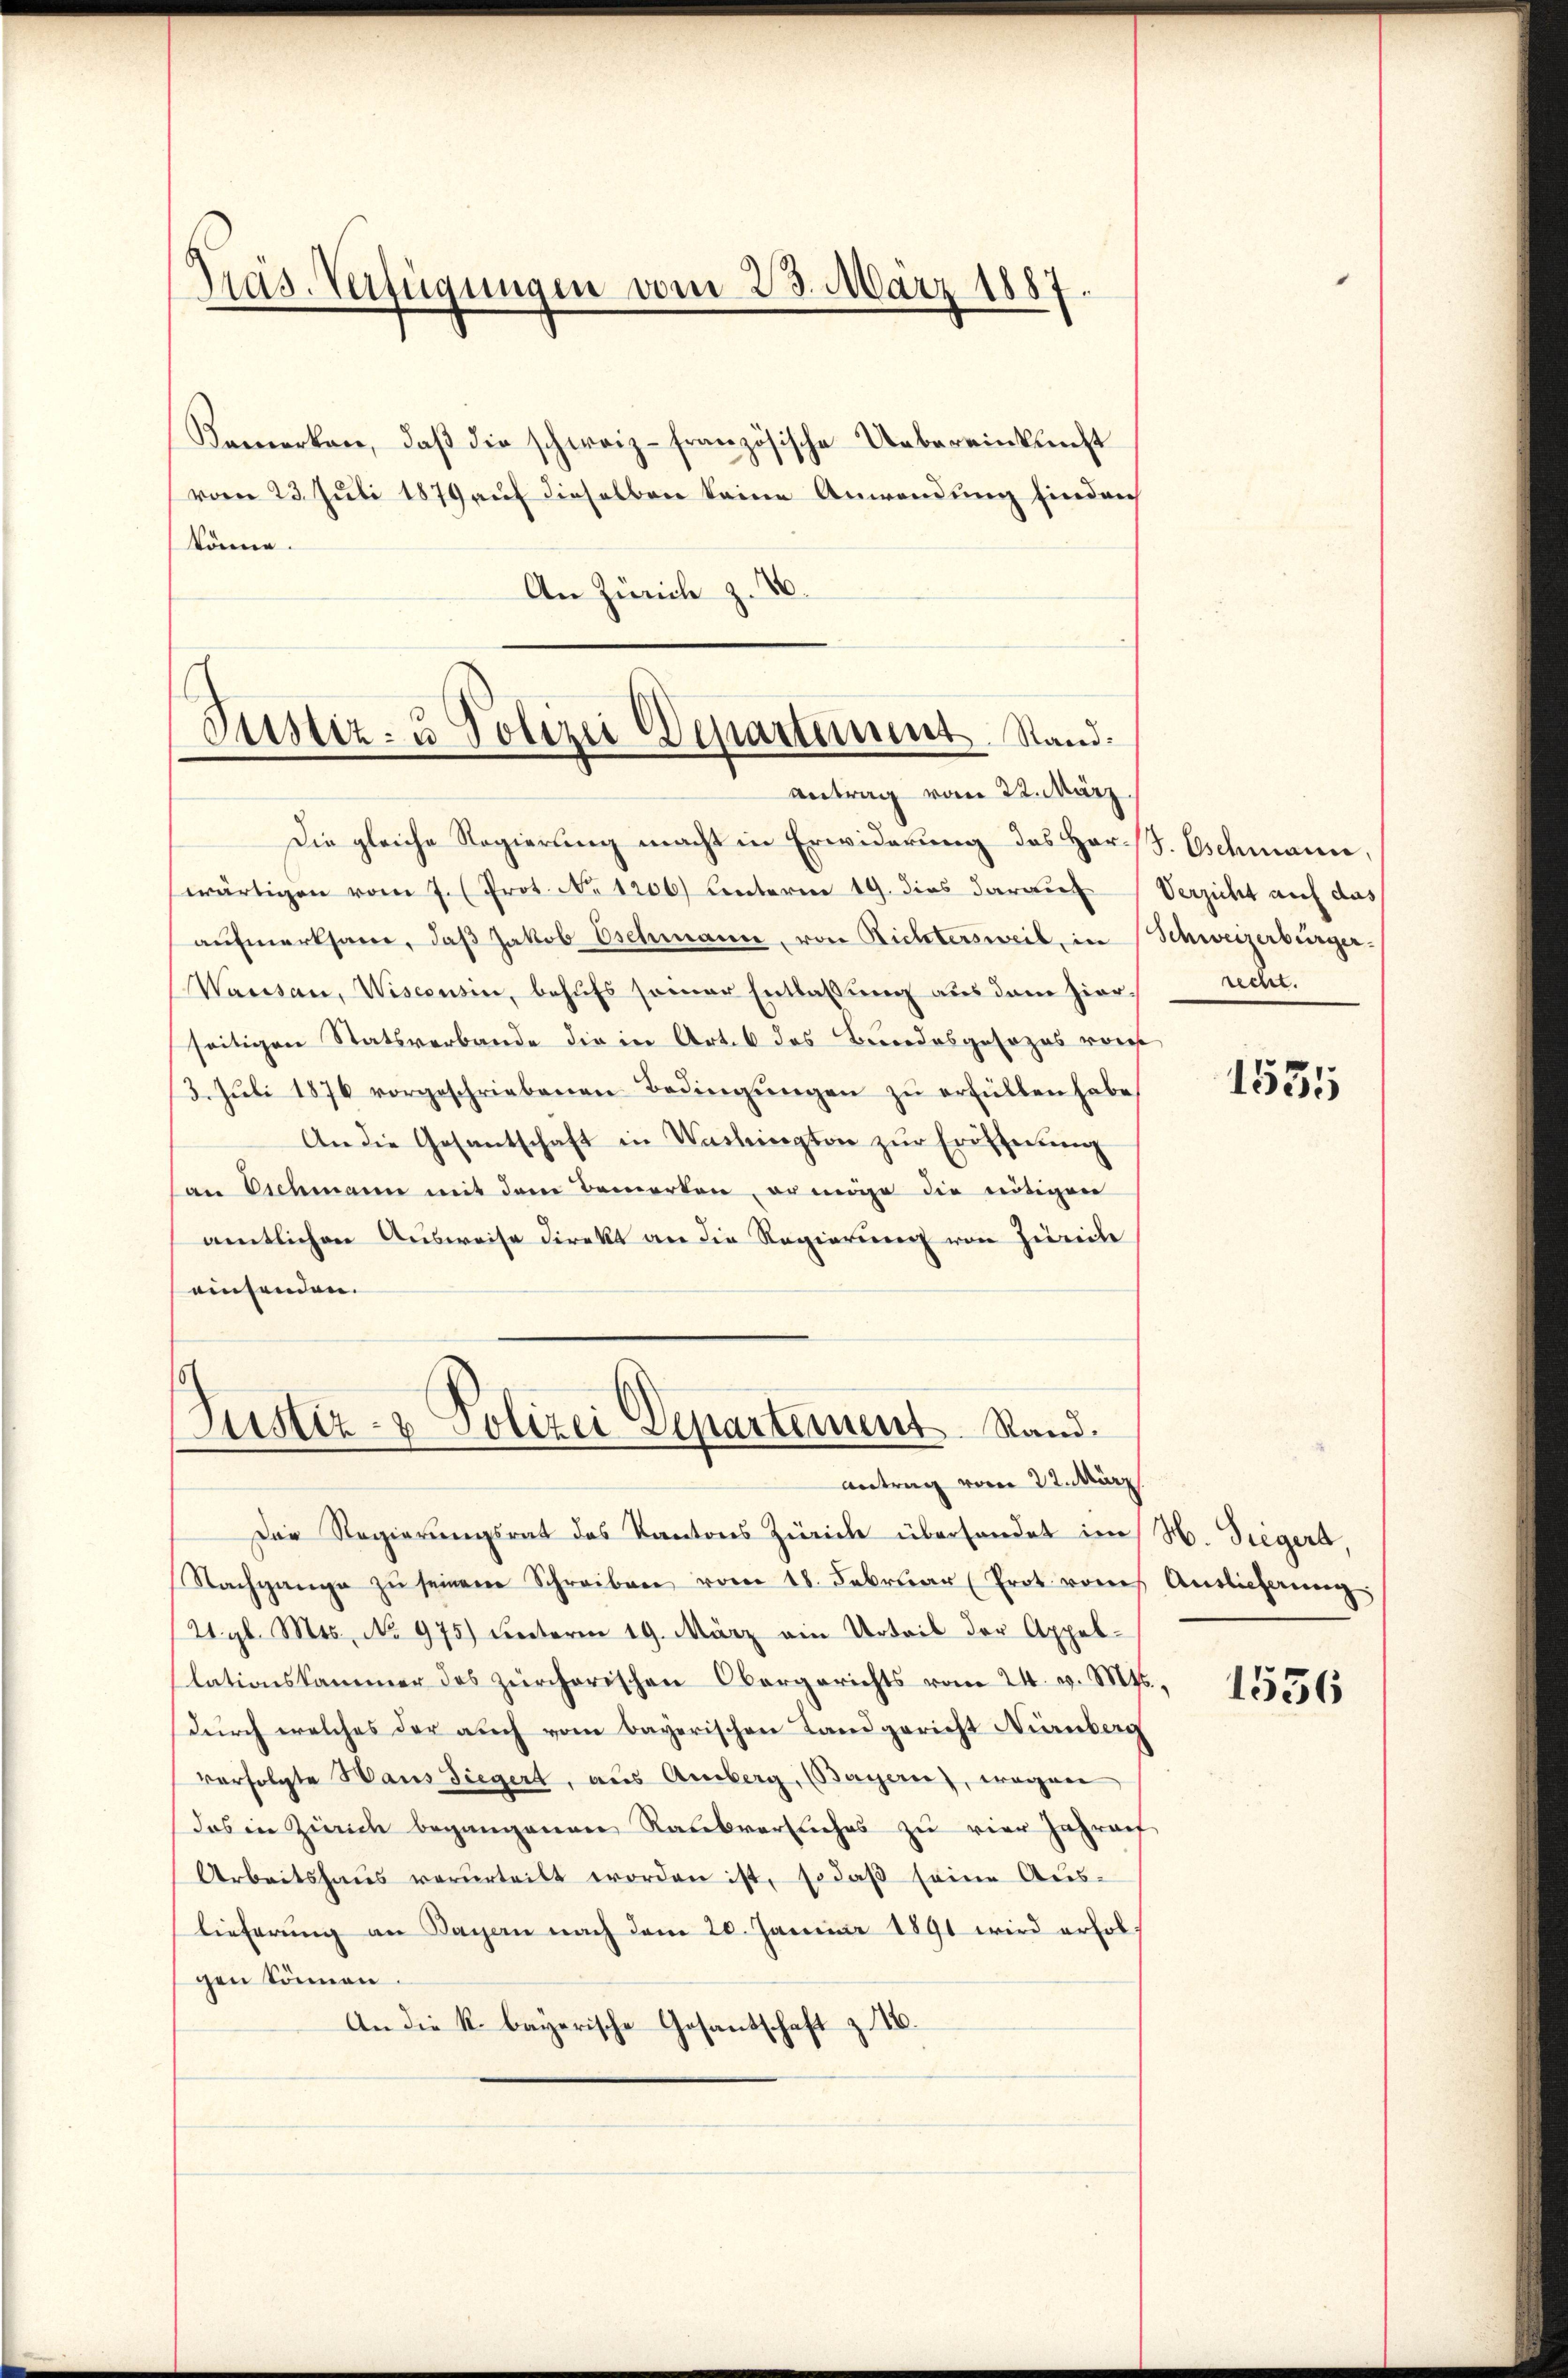
Präs. Verfügungen vom 23. März 1887.

Bemerken, daβ die schweiz französische Uebereinkunft
(vom 23. Juli 1879 auf dieselben keine Anwendung finden
könne.
An Zürich z. 16.

Justiz- & Polizei Departement. Stand.
Antrag vom 22. März.

Die gleiche Regierung macht in Erwiderung des Her /. Eschmann,
wärtigen vom 7. (Prot. No 1206) unterm 19. dies darauf Verzicht auf das
aŭfmerksam, daβ Jakob Oschmann, von Richtersweil, in Schweizerbürger-
Wausan, Wiscousin, behŭfs seiner Entlassŭng aus dem hier recht.
seitigen Statsverbande die in Art. 6 das Bundesgesezes vors
3. Jŭli 1876 vorgeschriebenen Bedingŭngen zŭ erfüllen habe,
An die Gesantschaft in Washington zŭr Eröffnŭng
an Eichmann mit dem Bemerken, er möge die nötigen
amtlichen Ausweise direkt an die Regierŭng von Zürich
einsenden.

Justiz- & Polizei Departement. Rand.

Antrag vom 22. März.
Der Regierŭngsrat des Kantons Zürich überhandet im H. Siegers,
Nachgange zŭ seinem Schreiben vom 18. Februar (Prot. vom Auslieferung
/21. gl. Mts. No 975) unterm 19. März ein Urteil der Appellationskammer des zürcherischen Obergerichts vom 24. v. Mts.,
durch welches der auch vom bayerischen Landgericht Nienberg
verfolgte Haus Siegert, aus Amberg, (Bayern, wegen
das in Zürich begangenen Raubversuches zu vier Jahren
Arbeitshaŭs verurteilt worden ist, so daβ seine Aŭs-
lieferung an Tagen nach dem 20. Januar 1891 wird erholgen können.
An die k. bayerische Gesantschaft z. 16.

1535

1536